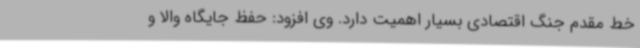
خط مقدم جنگ اقتصادی بسیار اهمیت دارد. وی افزود: حفظ جایگاه والا و